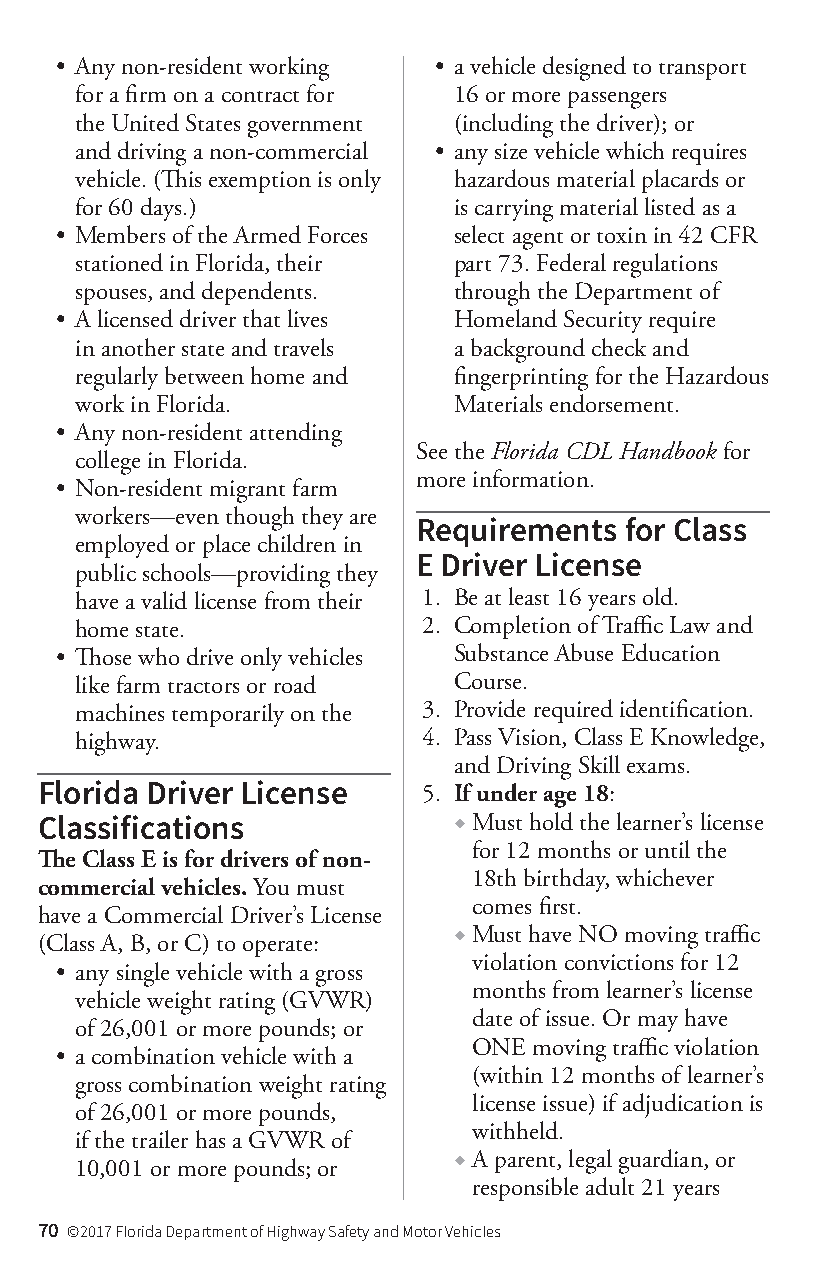
• Any non-resident working • a vehicle designed to transport
 for a firm on a contract for 16 or more passengers
 the United States government (including the driver); or
 and driving a non-commercial • any size vehicle which requires
 vehicle. (This exemption is only hazardous material placards or
 for 60 days.)            is carrying material listed as a
 • Members of the Armed Forces select agent or toxin in 42 CFR
 stationed in Florida, their part 73. Federal regulations
 spouses, and dependents. through the Department of
 • A licensed driver that lives Homeland Security require
 in another state and travels a background check and
 regularly between home and fingerprinting for the Hazardous
 work in Florida.         Materials endorsement.
 • Any non-resident attending
 See the Florida CDL Handbook for
 college in Florida.
 more information.
 • Non-resident migrant farm
 workers—even though they are
 Requirements for Class
 employed or place children in
 E Driver License
 public schools—providing they
 have a valid license from their 1. Be at least 16 years old.
 home state.            2. Completion of Traffic Law and
 • Those who drive only vehicles Substance Abuse Education
 like farm tractors or road Course.
 machines temporarily on the 3. Provide required identification.
 highway.               4. Pass Vision, Class E Knowledge,
 and Driving Skill exams.
 Florida Driver License    5. If under age 18:
 Classifications             ◆ Must hold the learner’s license
 for 12 months or until the
 The Class E is for drivers of non-
 18th birthday, whichever
 commercial vehicles. You must
 comes first.
 have a Commercial Driver’s License
 ◆ Must have NO moving traffic
 (Class A, B, or C) to operate:
 violation convictions for 12
 • any single vehicle with a gross
 months from learner’s license
 vehicle weight rating (GVWR)
 date of issue. Or may have
 of 26,001 or more pounds; or
 ONE moving traffic violation
 • a combination vehicle with a
 (within 12 months of learner’s
 gross combination weight rating
 license issue) if adjudication is
 of 26,001 or more pounds,
 withheld.
 if the trailer has a GVWR of
 ◆ A parent, legal guardian, or
 10,001 or more pounds; or
 responsible adult 21 years
 70 ©2017 Florida Department of Highway Safety and Motor Vehicles